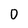
Character: 0